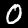
Digit: 0